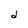
Character: d